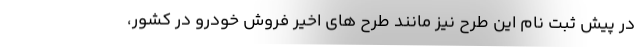
در پیش ثبت نام این طرح نیز مانند طرح های اخیر فروش خودرو در کشور،